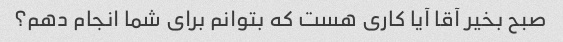
صبح بخیر آقا آیا کاری هست که بتوانم برای شما انجام دهم؟